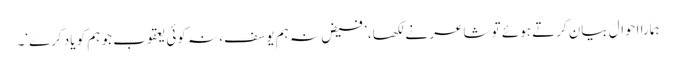
ہمارا احوال بیان کرتے ہوئے تو شاعر نے لکھا، ’فیض نہ ہم یوسف، نہ کوئی یعقوب جو ہم کو یاد کرے‘۔